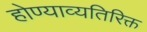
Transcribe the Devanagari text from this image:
होण्याव्यतिरिक्त